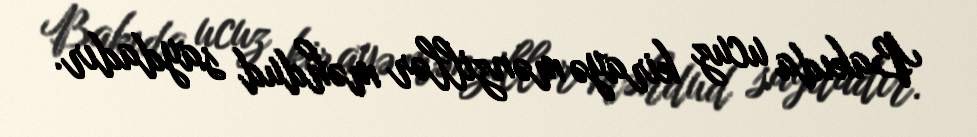
Bakıda ucuz kirayə mənzillər məhdud saydadır.